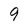
Character: 9